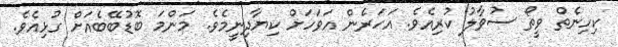
ކިހިނެތް ވީތޯ ސުވާލު ކުރިއެވެ. އަހަރެން އަވަހަށް ކިޔާދިނީމެވެ. މަންމަ ބޮޑުބޭބެއަށް ގުޅިއެވެ.